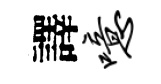
譯噫